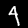
Digit: 4